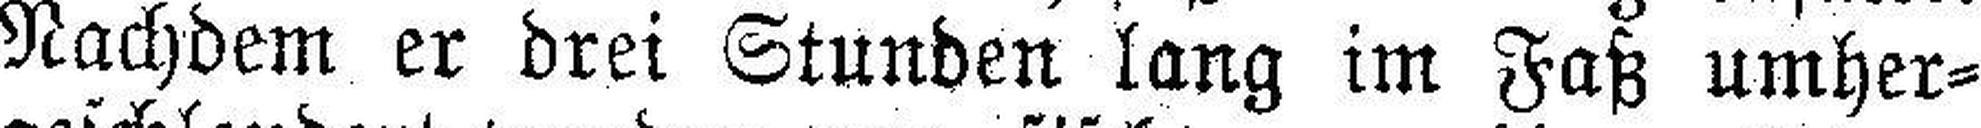
Nachdem er drei Stunden lang im Faß umher¬